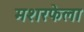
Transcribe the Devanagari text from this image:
मशरफेला